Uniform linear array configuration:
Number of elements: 48
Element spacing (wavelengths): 0.5
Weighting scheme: cosine
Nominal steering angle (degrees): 60
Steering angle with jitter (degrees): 61.118
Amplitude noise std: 0.05
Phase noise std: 0.05

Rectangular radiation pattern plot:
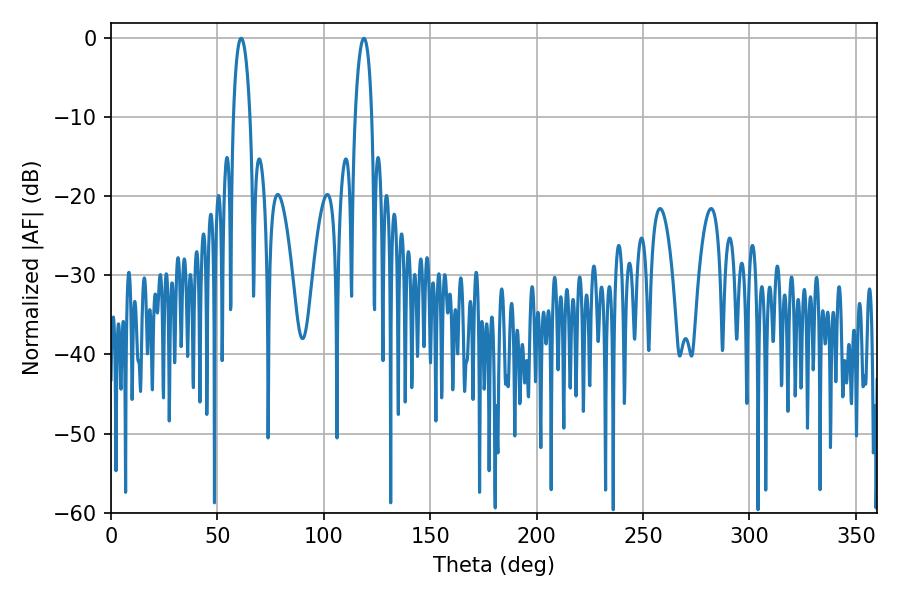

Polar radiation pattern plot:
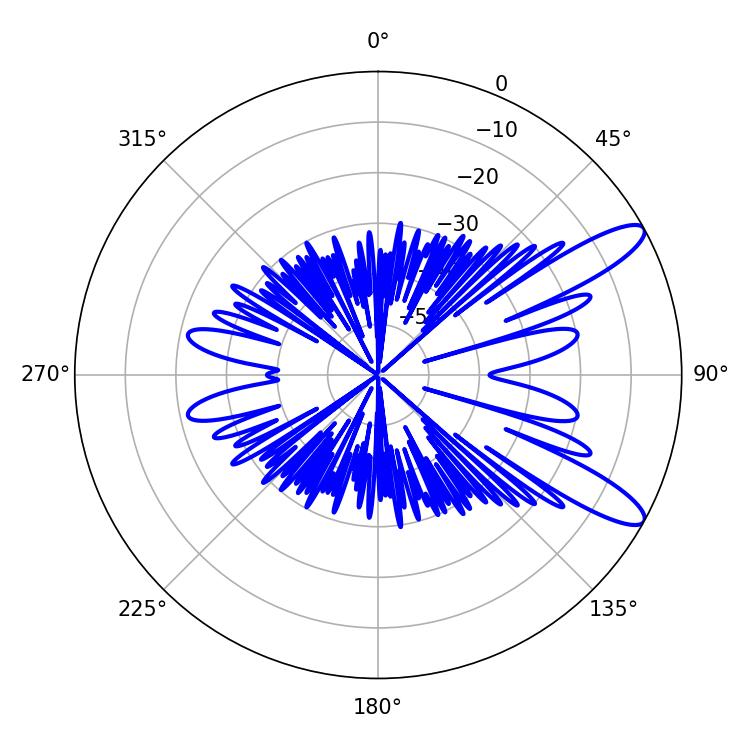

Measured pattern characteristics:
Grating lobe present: FALSE
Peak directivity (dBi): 11.235
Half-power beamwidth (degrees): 4.5
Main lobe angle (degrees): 61.2